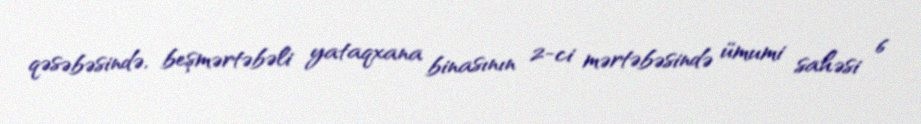
qəsəbəsində, beşmərtəbəli yataqxana binasının 2-ci mərtəbəsində ümumi sahəsi 6